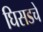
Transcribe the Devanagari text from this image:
घिसडचे